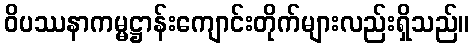
ဝိပဿနာကမ္မဋ္ဌာန်းကျောင်းတိုက်များလည်းရှိသည်။